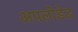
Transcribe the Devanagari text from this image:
अपलॊडेड